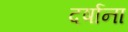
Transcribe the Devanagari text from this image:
दर्षाना